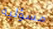
مسؤلية